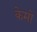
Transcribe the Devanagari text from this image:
केमो